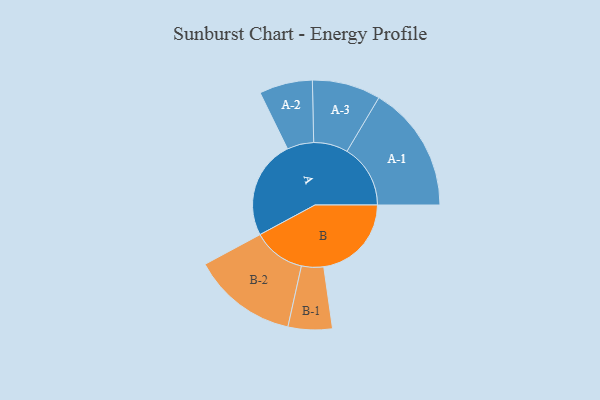
{"axis": {"x": "Segment", "y": "Value"}, "legend": ["", "A", "B"], "data": [{"x": "A", "y": 456, "type": ""}, {"x": "B", "y": 405, "type": ""}, {"x": "A-1", "y": 293, "type": "A"}, {"x": "A-2", "y": 123, "type": "A"}, {"x": "A-3", "y": 158, "type": "A"}, {"x": "B-1", "y": 102, "type": "B"}, {"x": "B-2", "y": 243, "type": "B"}]}